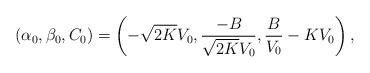
LaTeX: \begin{align*}(\alpha_0, \beta_0, C_0)=\left(-\sqrt{2K}V_0, \frac{-B}{\sqrt{2K}V_0},\frac{B}{V_0}-KV_0\right),\end{align*}